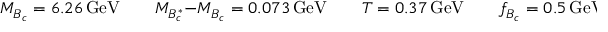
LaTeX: M _ { B _ { c } } = 6 . 2 6 \, \mathrm { G e V } \qquad M _ { B _ { c } ^ { * } } - M _ { B _ { c } } = 0 . 0 7 3 \, \mathrm { G e V } \qquad T = 0 . 3 7 \, \mathrm { G e V } \qquad f _ { B _ { c } } = 0 . 5 \, \mathrm { G e V }